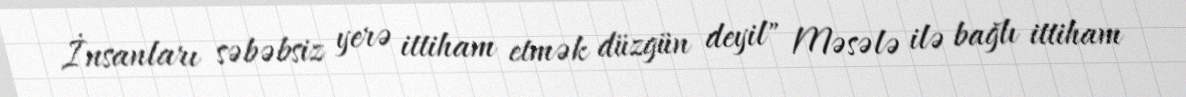
İnsanları səbəbsiz yerə ittiham etmək düzgün deyil" Məsələ ilə bağlı ittiham